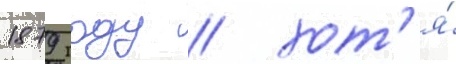
1879 году / хот'я́